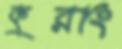
কুরাং